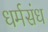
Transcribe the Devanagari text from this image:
धर्मसंध